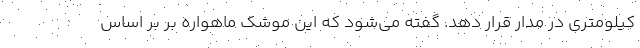
کیلومتری در مدار قرار دهد. گفته می‌شود که این موشک ماهواره بر بر اساس